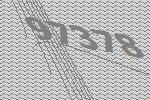
97378